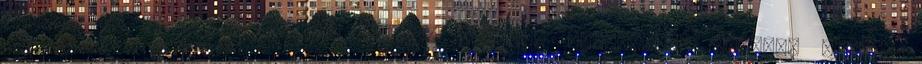
Németh S. Katalin: Bölöni Farkas Sándor: Napnyugati utazás. Napló.